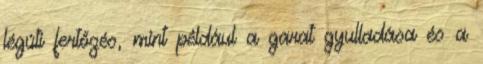
légúti fertőzés, mint például a garat gyulladása és a